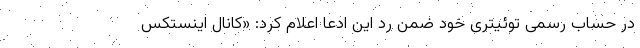
در حساب رسمی توئیتری خود ضمن رد این ادعا اعلام کرد: «کانال اینستکس